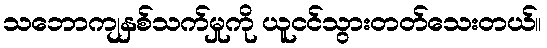
သဘောကျနှစ်သက်မှုကို ယူငင်သွားတတ်သေးတယ်။